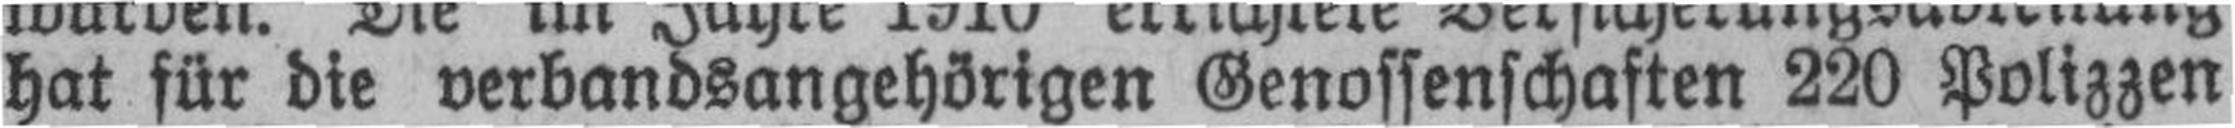
hat für die verbandsangehörigen Genossenschaften 220 Polizzen